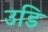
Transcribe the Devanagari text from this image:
उडि